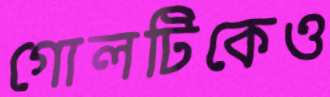
গোলটিকেও